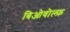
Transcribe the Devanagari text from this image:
बिओवोल्फ़